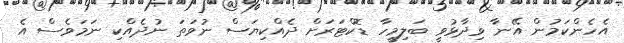
އެހެންކަމުން އޭނާ ވިދާޅުވީ ބަލިމީހާ ޑޮކްޓަރަށް ދެއްކިޔަސް ނުވަތަ ނުދެއްކި ނަމަވެސް އެ